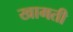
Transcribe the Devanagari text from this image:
खामती